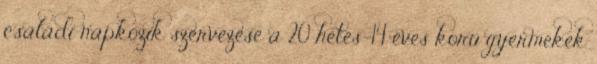
családi napközik szervezése a 20 hetes-14 éves korú gyermekek